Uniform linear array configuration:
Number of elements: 48
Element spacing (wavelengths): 0.75
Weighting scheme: hann
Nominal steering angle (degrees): -15
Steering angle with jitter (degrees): -13.639
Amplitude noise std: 0.05
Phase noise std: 0.05

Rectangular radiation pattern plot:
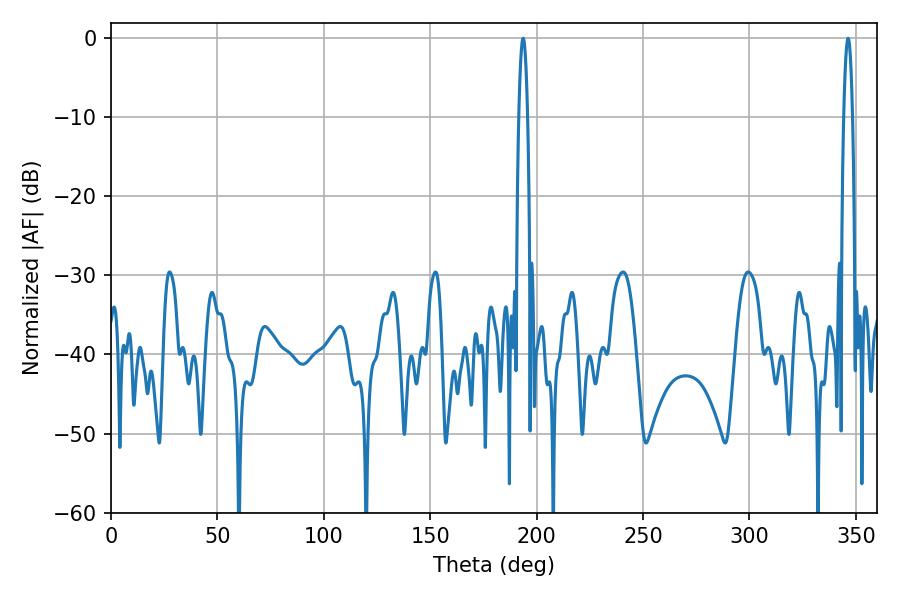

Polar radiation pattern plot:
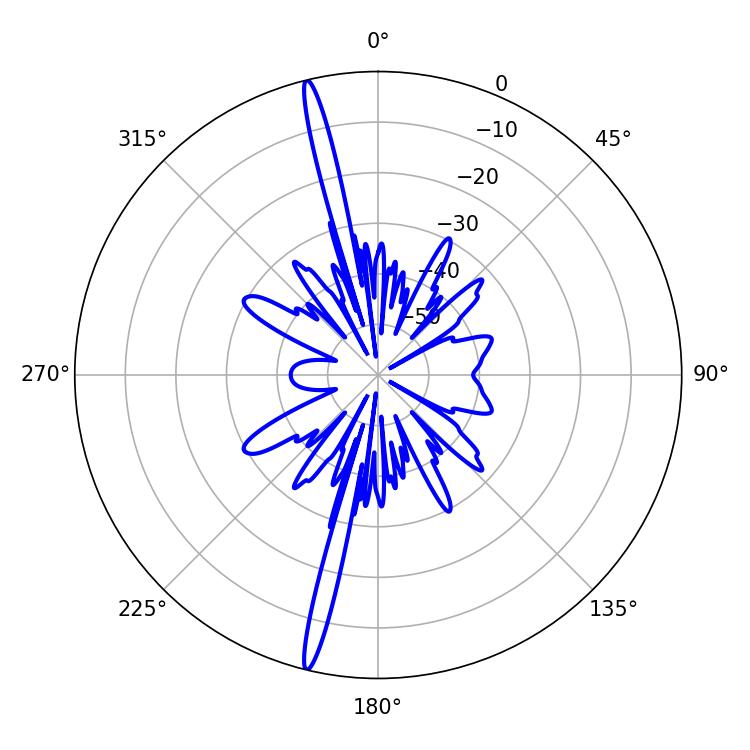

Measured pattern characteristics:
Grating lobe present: TRUE
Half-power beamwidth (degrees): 2.16
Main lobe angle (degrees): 346.32